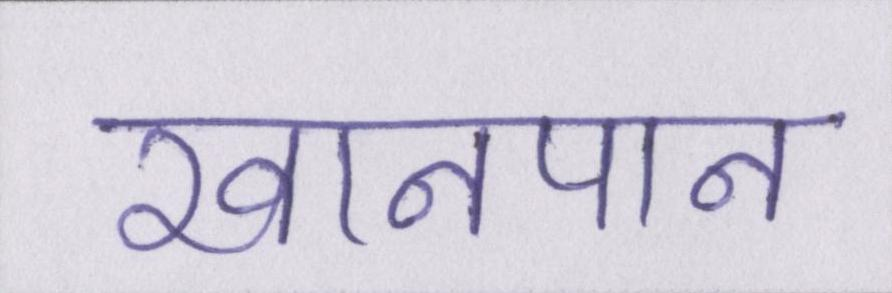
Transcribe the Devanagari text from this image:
खानपान